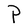
Character: P